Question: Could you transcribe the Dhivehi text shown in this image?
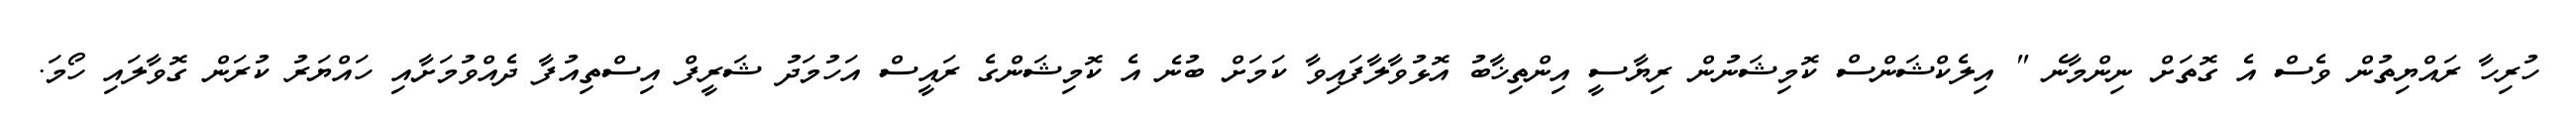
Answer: ހުރިހާ ރައްޔިތުން ވެސް އެ ގޮތަށް ނިންމާނެ " އިލެކްޝަންސް ކޮމިޝަނުން ރިޔާސީ އިންތިޚާބު އޮޅުވާލާފައިވާ ކަމަށް ބުނެ އެ ކޮމިޝަންގެ ރައީސް އަހުމަދު ޝަރީފް އިސްތިއުފާ ދެއްވުމަށާއި ހައްޔަރު ކުރަން ގޮވާލައި ހޯމަ.